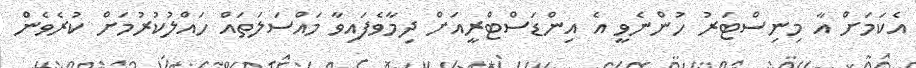
އެކަމަށް އާ މިނިސްޓަރު ހުންނެވީ އެ އިންޑަސްޓްރީއަށް ދިމާވެފައިވާ މައްސަލަތައް ހައްލުކުރުމަށް ކުރެވެން